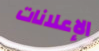
الإعلانات